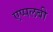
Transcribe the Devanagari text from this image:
एप्पलबी